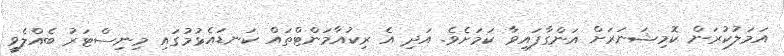
އަމަލުކުރަން ކޮމިޝަނަރަށް އަންގާފައިވާ ކަމަށެވެ. އަދި އެ ރިކުއާމަންޓްތައް ކަނޑައެޅުމުގައި މިނިސްޓަރު ބެއްލެވީ